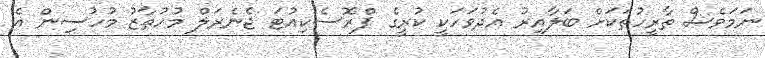
ނަމަވެސް ތާރީހުތަކަށް ބަލާއިރު އެދުވަހަކީ ކުރީގެ ޕްރޮސެކިއުޓަ ޖެނެރަލް މުހުތާޒު މުހުސިން އެ